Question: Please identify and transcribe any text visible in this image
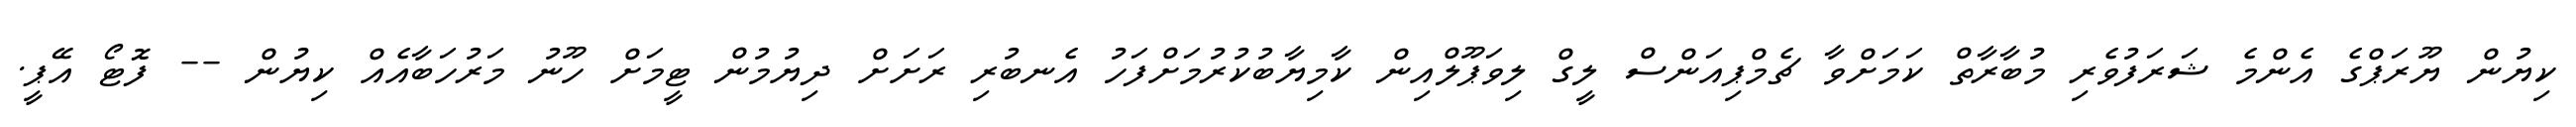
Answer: ކިޔުން ޔޫރަޕްގެ އެންމެ ޝަރަފުވެރި މުބާރާތް ކަމަށްވާ ޗެމްޕިއަންސް ލީގް ލިވަޕޫލްއިން ކާމިޔާބުކުރުމަށްފަހު އެނބުރި ރަށަށް ދިޔުމުން ޓީމަށް ހޫނު މަރުހަބާއެއް ކިޔުން -- ފޮޓޯ އޭޕީ.